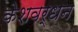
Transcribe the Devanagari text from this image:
केशवर्धन